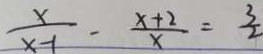
\frac { x } { x - 1 } - \frac { x + 2 } { x } = \frac { 3 } { 2 }